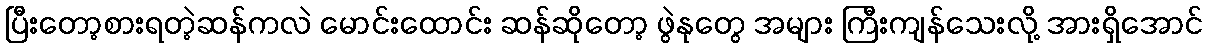
ပြီးတော့စားရတဲ့ဆန်ကလဲ မောင်းထောင်း ဆန်ဆိုတော့ ဖွဲနုတွေ အများ ကြီးကျန်သေးလို့ အားရှိအောင်